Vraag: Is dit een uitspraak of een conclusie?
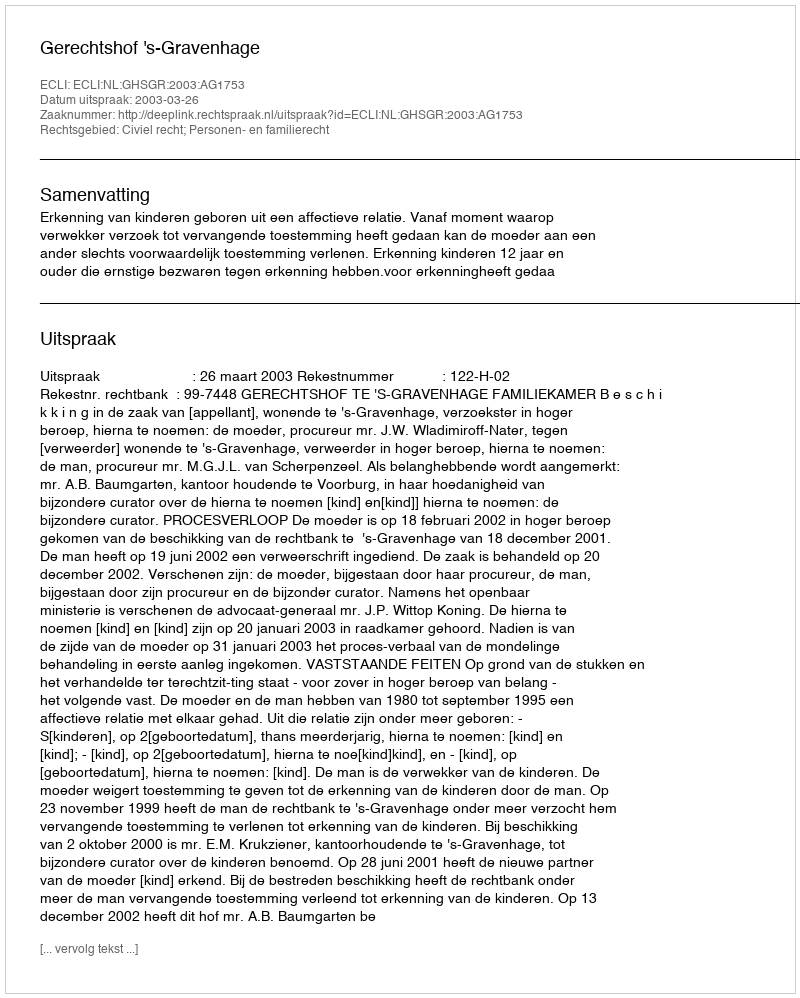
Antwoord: Uitspraak